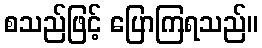
စသည်ဖြင့် ပြောကြရသည်။